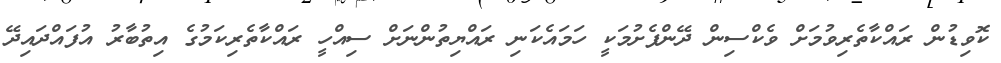
ކޮވިޑުން ރައްކާތެރިވުމަށް ވެކްސިން ދޭންފެށުމަކީ ހަމައެކަނި ރައްޔިތުންނަށް ސިއްހީ ރައްކާތެރިކަމުގެ އިތުބާރު އުފައްދައިދޭ